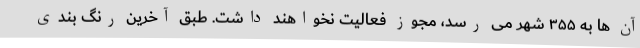
آن ها به ۳۵۵ شهر می رسد، مجوز فعالیت نخواهند داشت. طبق آخرین رنگ بندی